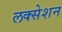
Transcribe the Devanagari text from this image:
लक्सेशन